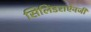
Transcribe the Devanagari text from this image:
सिलिंडराऐवजी